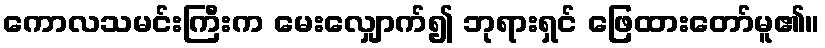
ကောလသမင်းကြီးက မေးလျှောက်၍ ဘုရားရှင် ဖြေထားတော်မူ၏။